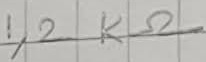
Text: 1,2KΩ